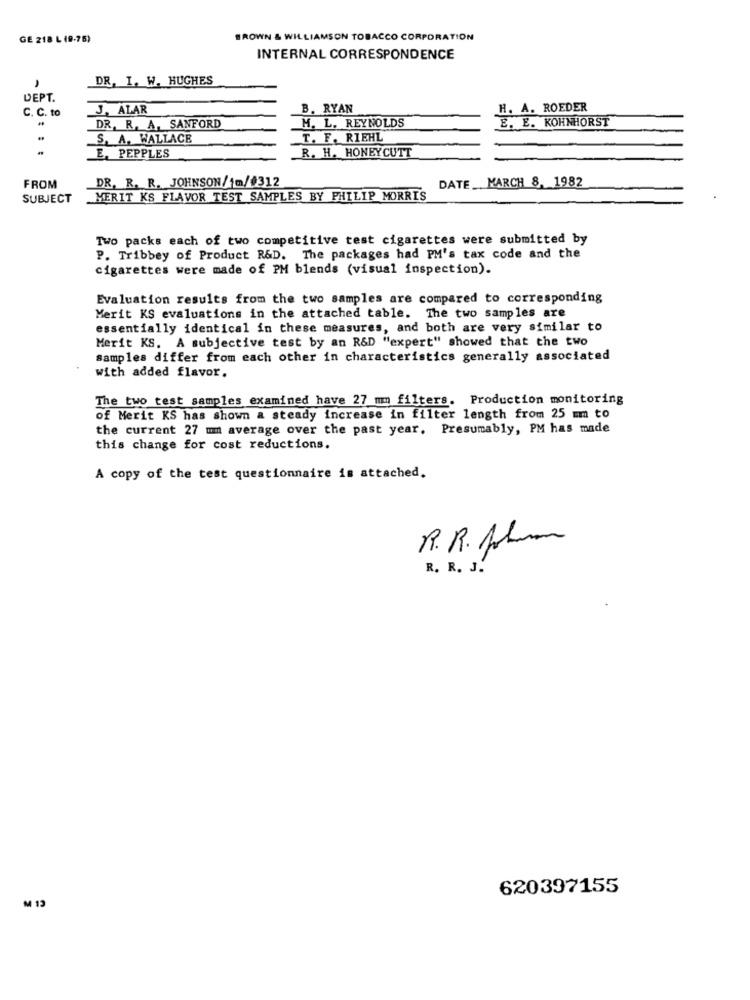
GE 218 L (9-75)
BROWN & WILLIAMSON TOBACCO CORPORATION
INTERNAL CORRESPONDENCE
DR, I. W. HUGHES
,
DEPT.
J, ALAR
B. RYAN
H. A. ROEDER
C. C. to
E. E. KOHNHORST
DR. R. A. SANFORD
M. L. REYNOLDS
S. A. WALLACE
T. F. RIEHL
E, PEPPLES
R. H. HONEYCUTT
DR. R. R. JOHNSON/fm/#312
DATE_ MARCH 8, 1982
FROM
SUBJECT
MERIT KS FLAVOR TEST SAMPLES BY PHILIP MORRIS
Two packs each of two competitive test cigarettes were submitted by
P. Tribbey of Product R&D. The packages had PM's tax code and the
cigarettes were made of PM blends (visual inspection).
Evaluation results from the two samples are compared to corresponding
Merit KS evaluations in the attached table. The two samples are
essentially identical in these measures, and both are very similar to
Merit KS. A subjective test by an R&D "expert" showed that the two
samples differ from each other in characteristics generally associated
with added flavor.
The two test samples examined have 27 mm filters. Production monitoring
of Merit KS has shown a steady increase in filter length from 25 mm to
the current 27 mm average over the past year. Presumably, PM has made
this change for cost reductions.
A copy of the test questionnaire is attached.
R. R. Ahora
R. R. J.
620397155
M 1